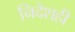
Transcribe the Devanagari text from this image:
निदेशही